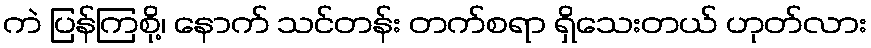
ကဲ ပြန်ကြစို့၊ နောက် သင်တန်း တက်စရာ ရှိသေးတယ် ဟုတ်လား